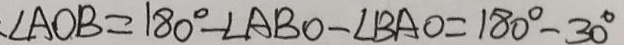
\angle A O B = 1 8 0 ^ { \circ } - \angle A B O - \angle B A O = 1 8 0 ^ { \circ } - 3 0 ^ { \circ }